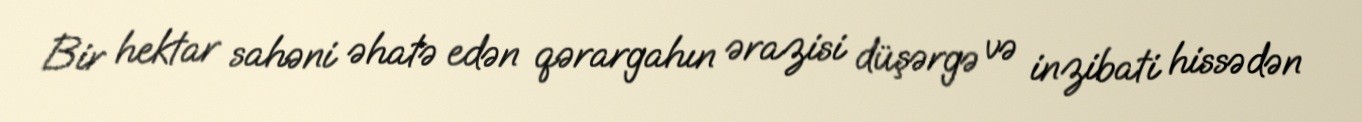
Bir hektar sahəni əhatə edən qərargahın ərazisi düşərgə və inzibati hissədən